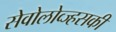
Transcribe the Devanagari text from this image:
सेवोलोव्ज्हसकी